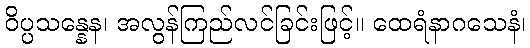
ဝိပ္ပသန္နေန၊ အလွန်ကြည်လင်ခြင်းဖြင့်။ ထေရံနာဂသေနံ၊